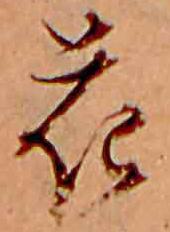
花